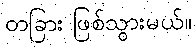
တခြား ဖြစ်သွားမယ်။